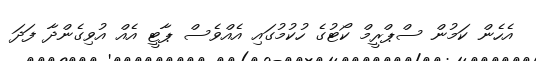
އެހެން ކަމުން ސްޕްރީމް ކޯޓުގެ ހުކުމުގައި އެއްވެސް ޕާޓީ އެއް އުވިގެންދާ ފަދަ